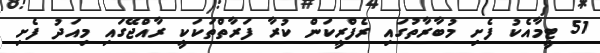
51 ޓީމާއެކު ފެށި މުބާރާތުގައި ރެފްރީކަން ކުރާ ފަރާތްތަކަކީ ރާއްޖޭގައި މިއަދު ފެށި